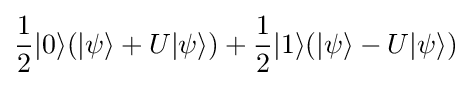
{\frac {1}{2}}|0\rangle (|\psi \rangle +U|\psi \rangle )+{\frac {1}{2}}|1\rangle (|\psi \rangle -U|\psi \rangle )